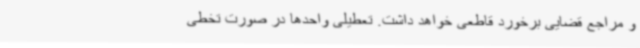
و مراجع قضایی برخورد قاطعی خواهد داشت. تعطیلی واحدها در صورت تخطی